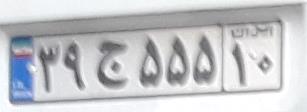
۳۹ج۵۵۵۱۰